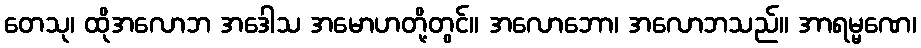
တေသု၊ ထိုအလောဘ အဒေါသ အမောဟတို့တွင်။ အလောဘော၊ အလောဘသည်။ အာရမ္မဏေ၊